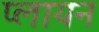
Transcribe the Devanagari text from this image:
प्लायन